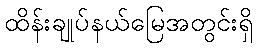
ထိန်းချုပ်နယ်မြေအတွင်းရှိ